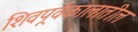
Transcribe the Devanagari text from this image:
शिवपूर्वकालातील